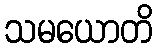
သမယောတိ